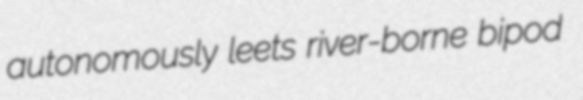
autonomously leets river-borne bipod